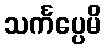
သင်္ကပ္ပေမိ